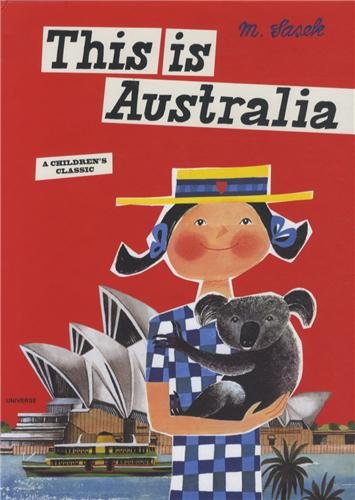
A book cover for This is Australia (Artists Monographs); Miroslav Sasek; Children's Books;